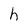
Character: h